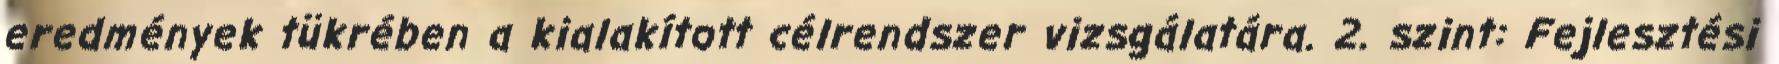
eredmények tükrében a kialakított célrendszer vizsgálatára. 2. szint: Fejlesztési